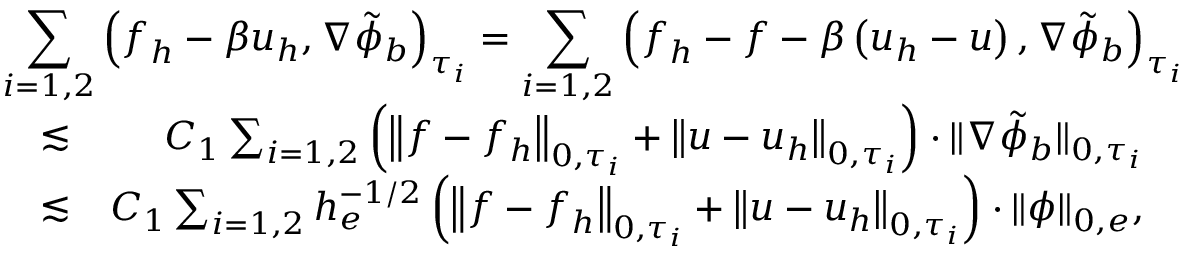
\begin{array} { r l r } { \lefteqn { \sum _ { i = 1 , 2 } \left( \boldsymbol { f } _ { h } - \beta \boldsymbol { u } _ { h } , \nabla \tilde { \phi } _ { b } \right) _ { \tau _ { i } } = \sum _ { i = 1 , 2 } \left( \boldsymbol { f } _ { h } - \boldsymbol { f } - \beta \left( \boldsymbol { u } _ { h } - \boldsymbol { u } \right) , \nabla \tilde { \phi } _ { b } \right) _ { \tau _ { i } } } } \\ & { \lesssim } & { C _ { 1 } \sum _ { i = 1 , 2 } \left( \left\| \boldsymbol { f } - \boldsymbol { f } _ { h } \right\| _ { 0 , \tau _ { i } } + \left\| \boldsymbol { u } - \boldsymbol { u } _ { h } \right\| _ { 0 , \tau _ { i } } \right) \cdot \| \nabla \tilde { \phi } _ { b } \| _ { 0 , \tau _ { i } } } \\ & { \lesssim } & { C _ { 1 } \sum _ { i = 1 , 2 } h _ { e } ^ { - 1 / 2 } \left( \left\| \boldsymbol { f } - \boldsymbol { f } _ { h } \right\| _ { 0 , \tau _ { i } } + \left\| \boldsymbol { u } - \boldsymbol { u } _ { h } \right\| _ { 0 , \tau _ { i } } \right) \cdot \| \phi \| _ { 0 , e } , } \end{array}